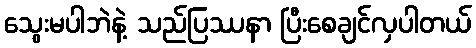
သွေးမပါဘဲနဲ့ သည်ပြဿနာ ပြီးစေချင်လှပါတယ်